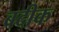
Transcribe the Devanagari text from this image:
बदीक